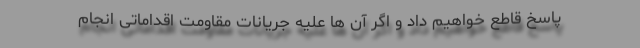
پاسخ قاطع خواهیم داد و اگر آن ها علیه جریانات مقاومت اقداماتی انجام